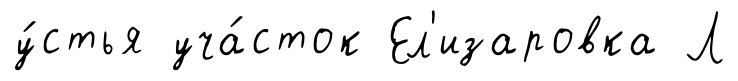
у́стья уча́сток Ел'изаровка Л